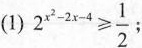
(1)$$2^{x^{2}-2x-4}\geqslant \frac{1}{2}$$；